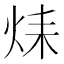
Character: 𤈞